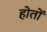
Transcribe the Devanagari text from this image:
होतों